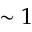
\sim 1